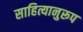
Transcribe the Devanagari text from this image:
साहित्यानुरूप